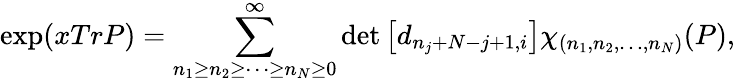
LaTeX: \exp(xTrP)=\sum_{n_{1}\geq n_{2}\geq\cdots\geq n_{N}\geq 0}^{\infty}\operatorname*{det}\left[d_{n_{j}+N-j+1,i}\right]\chi_{(n_{1},n_{2},\ldots,n_{N})}(P),